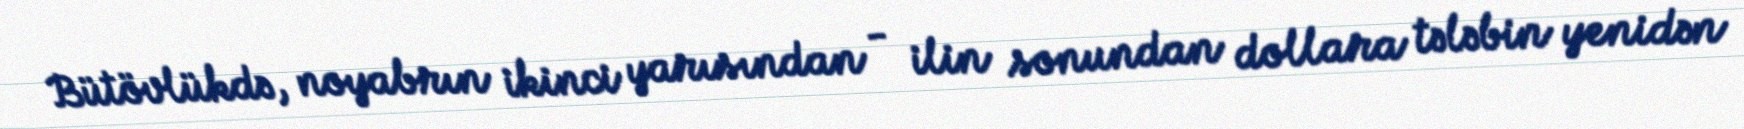
Bütövlükdə, noyabrın ikinci yarısından - ilin sonundan dollara tələbin yenidən